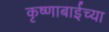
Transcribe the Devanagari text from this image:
कृष्णाबाईच्या